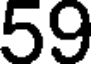
59